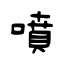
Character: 噴